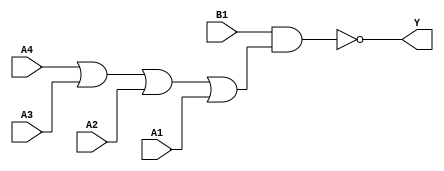
module sky130_fd_sc_hd__o41ai (
    Y ,
    A1,
    A2,
    A3,
    A4,
    B1
);

    // Module ports
    output Y ;
    input  A1;
    input  A2;
    input  A3;
    input  A4;
    input  B1;

    // Local signals
    wire or0_out    ;
    wire nand0_out_Y;

    //   Name   Output       Other arguments
    or   or0   (or0_out    , A4, A3, A2, A1 );
    nand nand0 (nand0_out_Y, B1, or0_out    );
    buf  buf0  (Y          , nand0_out_Y    );

endmodule